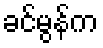
ခင်မွန်က